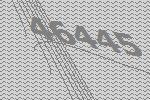
46445